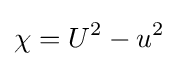
\chi =U^{2}-u^{2}